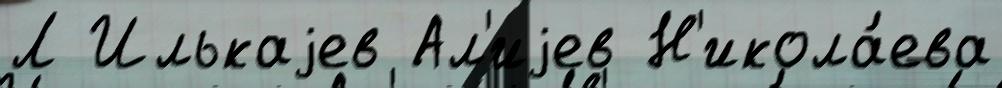
Л Илькаjев Ал'иjев Н'икола́ева